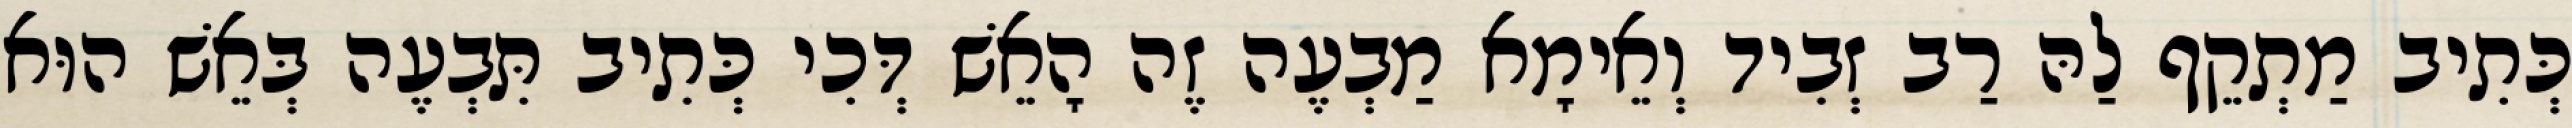
כְּתִיב מַתְקֵף לַהּ רַב זְבִיד וְאֵימָא מַבְעֶה זֶה הָאֵשׁ דְּכִי כְּתִיב תִּבְעֶה בְּאֵשׁ הוּא